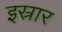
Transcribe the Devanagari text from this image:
इस्रार